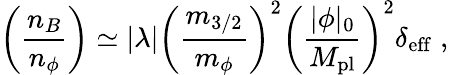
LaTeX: \left(\frac{n_{B}}{n_{\phi}}\right)\simeq|\lambda|\left(\frac{m_{3/2}}{m_{\phi}}\right)^{2}\left(\frac{|\phi|_{0}}{M_{\mathrm{pl}}}\right)^{2}\delta_{\mathrm{eff}}\; ,